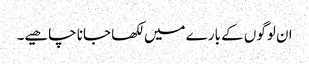
ان لوگوں کے بارے میں لکھا جانا چاھیے۔